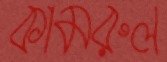
কামরুল